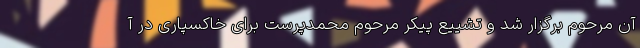
آن مرحوم برگزار شد و تشییع پیکر مرحوم محمدپرست برای خاکسپاری در آ